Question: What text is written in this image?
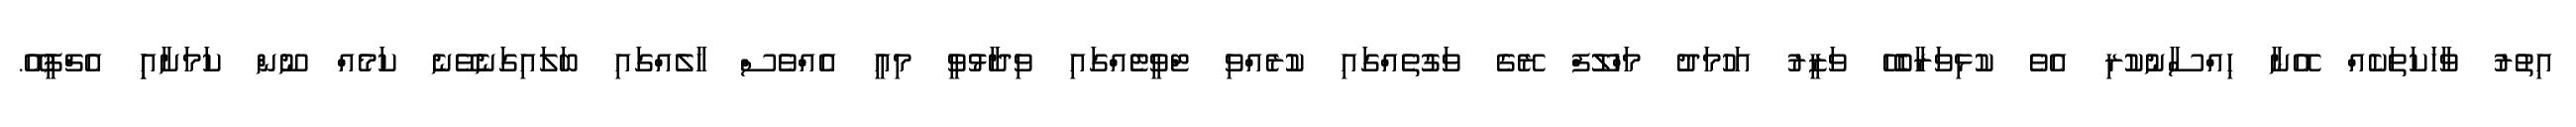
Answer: އިތުރު ވާހަކަތަކެއް އޭނާ ހިއްސާނުކުރި އެވެ ކުޅިވަރާބެހޭ ވަޒީރު އަހުމަދު މަހްލޫފް ރޭގެ ވަގުތެއްގައި ކުރެއްވި ޓްވީޓެއްގައި ވިދާޅުވީ މިއީ އެއްވެސް ހާލެއްގައި ބަލައިގަނެވޭނެ ކަމެއް ނޫން ކަމަށާއިި އެޗްޕީއޭ.